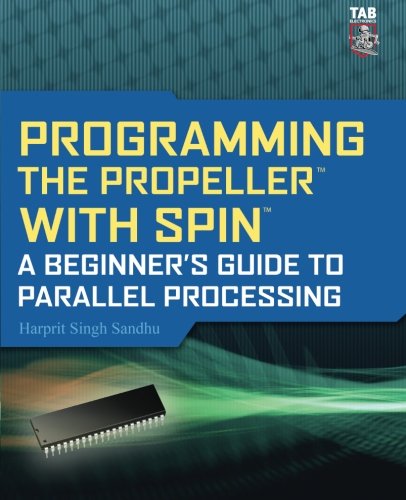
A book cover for Programming the Propeller with Spin: A Beginner's Guide to Parallel Processing (Tab Electronics); Harprit Sandhu; Computers & Technology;